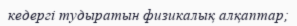
кедергі тудыратын физикалық алқаптар;